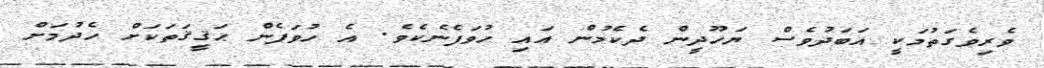
ވެރިވެގަތުމަކީ އަބަދުވެސް ޔަހޫދީން ދެކެމުން އައި ހުވަފެނެކެވެ. އެ ހުވަފެން ޙަޤީޤަތަކަށް ހެދުމަށް